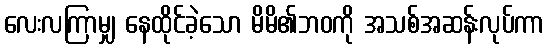
လေးလကြာမျှ နေထိုင်ခဲ့သော မိမိ၏ဘဝကို အသစ်အဆန်းလုပ်ကာ